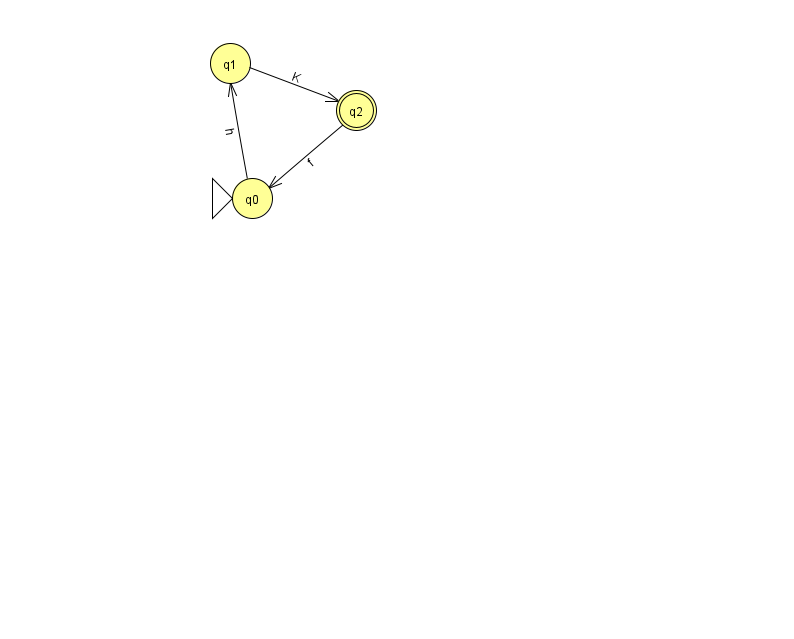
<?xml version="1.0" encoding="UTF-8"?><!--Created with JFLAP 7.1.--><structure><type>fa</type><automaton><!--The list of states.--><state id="0" name="q0"><x>252.0</x><y>185.0</y><initial/></state><state id="1" name="q1"><x>230.0</x><y>50.0</y></state><state id="2" name="q2"><x>356.0</x><y>97.0</y><final/></state><!--The list of transitions.--><transition><from>2</from><to>0</to><read>f</read></transition><transition><from>0</from><to>1</to><read>h</read></transition><transition><from>1</from><to>2</to><read>K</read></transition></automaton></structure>